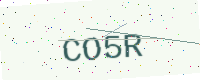
Text: CO5R